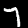
Digit: 7